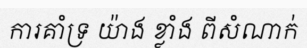
ការគាំទ្រ យ៉ាង ខ្លាំង ពីសំណាក់